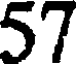
57